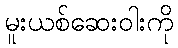
မူးယစ်ဆေးဝါးကို